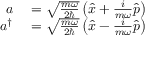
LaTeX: \begin{array} { r l } { a } & { { } = { \sqrt { \frac { m \omega } { 2 \hbar } } } \left( { \hat { x } } + { \frac { i } { m \omega } } { \hat { p } } \right) } \\ { a ^ { \dagger } } & { { } = { \sqrt { \frac { m \omega } { 2 \hbar } } } \left( { \hat { x } } - { \frac { i } { m \omega } } { \hat { p } } \right) } \end{array}